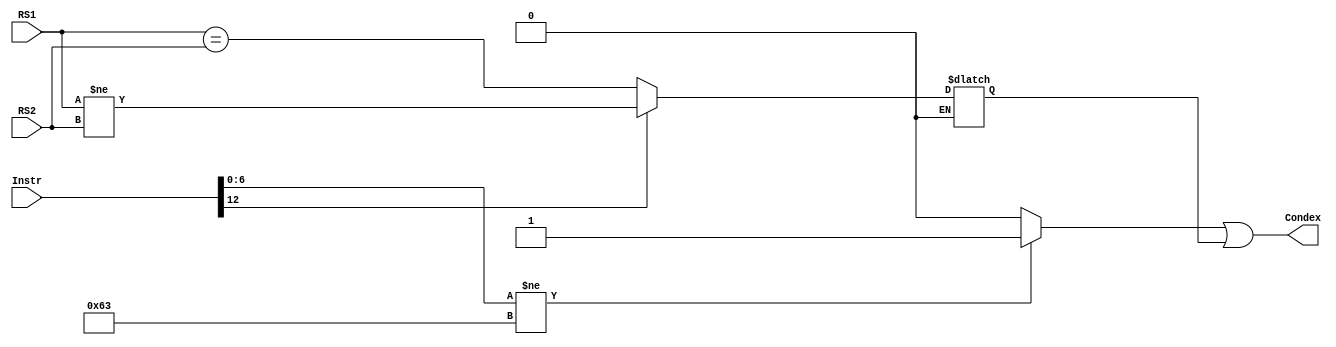
module State_compare
(
    input [31:0] Instr,

    input [31:0] RS1,
    input [31:0] RS2,

    output Condex
);

    wire [6:0] opcode = Instr[6:0];
    wire funct3 = Instr[14:12];

    wire whether_B = (opcode != 7'b1100011) ? 1'b1: 1'b0;

    reg cond;
    always @(*) begin
        if(funct3 == 3'd0)  begin
            cond = (RS1==RS2);
        end
        if(funct3 == 3'd1)  begin
            cond = (RS1!=RS2);
        end
        if(funct3 == 3'd4)  begin
            cond = (RS1 < RS2);
        end
        if(funct3 == 3'd5)  begin
            cond = (RS1 >= RS2);
        end
        if(funct3 == 3'd6)  begin
            cond = (RS1 < RS2);
        end
        if(funct3 == 3'd7)  begin
            cond = (RS1 >= RS2);
        end
    end
    assign Condex = whether_B | cond;
endmodule